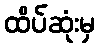
ထိပ်ဆုံးမှ